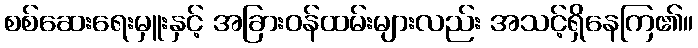
စစ်ဆေးရေးမှူးနှင့် အခြားဝန်ထမ်းများလည်း အသင့်ရှိနေကြ၏။